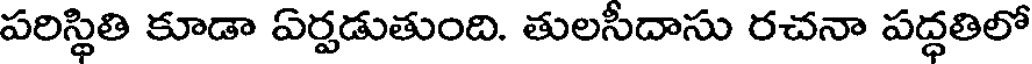
పరిస్థితి కూడా ఏర్పడుతుంది. తులసీదాసు రచనా పద్ధతిలో